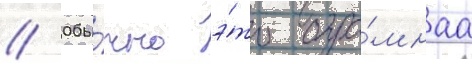
// Обы́чно э́то огро́мнаа